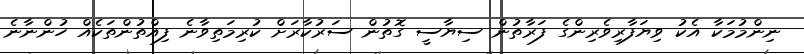
ނިންމުމަކާ އެކު ވިޔަފާރިވެރިންގެ ފަރާތުން ސިޔާސީ ގޮތުން ސަރުކާރަށް ކުރިމަތިވާނެ ފިއްތުންތަކެއް ހުންނާނެ